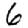
Digit: 6